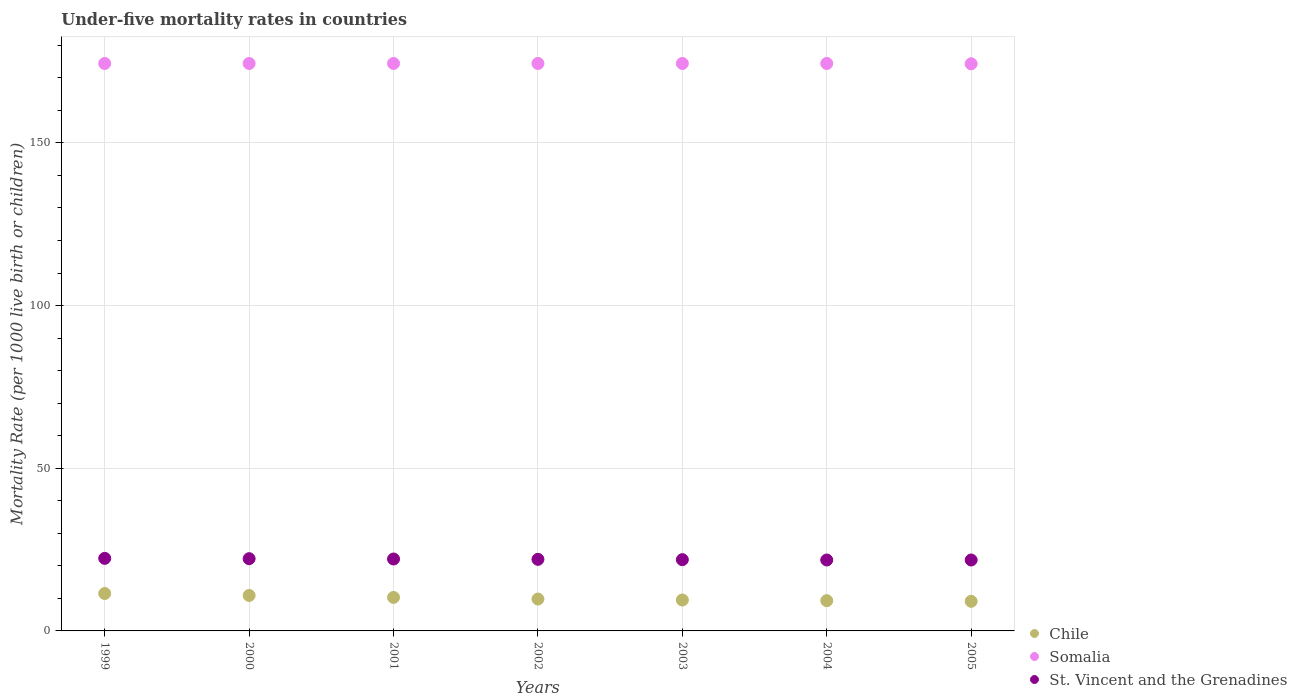
| Years | Chile | Somalia | St. Vincent and the Grenadines |
 | --- | --- | --- | --- |
 | 1999 | 11.5 | 174 | 22.3 |
 | 2000 | 10.9 | 174 | 22.2 |
 | 2001 | 10.3 | 174 | 22.1 |
 | 2002 | 9.8 | 174 | 22 |
 | 2003 | 9.5 | 174 | 21.9 |
 | 2004 | 9.3 | 174 | 21.8 |
 | 2005 | 9.1 | 174 | 21.8 |